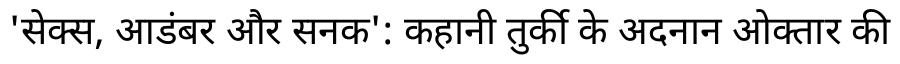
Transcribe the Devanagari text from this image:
'सेक्स, आडंबर और सनक': कहानी तुर्की के अदनान ओक्तार की